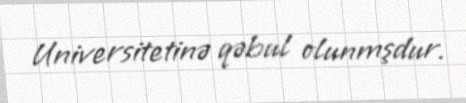
Universitetinə qəbul olunmşdur.